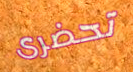
تحضرى